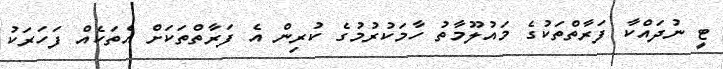
ޓީ ނުދައްކާ ފަރާތްތަކުގެ މައުލޫމާތު ހާމަކުރުމުގެ ކުރިން އެ ފަރާތްތަކަށް އެތަކެއް ފަހަރަކު